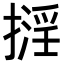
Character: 𢴏